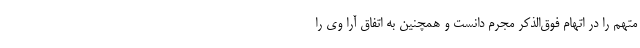
متهم را در اتهام فوق‌الذکر مجرم دانست و همچنین به اتفاق آرا وی را